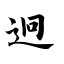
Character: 迥